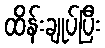
ထိန်းချုပ်ပြီး